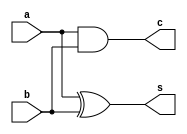
module halfadder(a,b,s,c);
input a,b;
output s,c;
xor sum1(s,a,b);
and carry(c,a,b);
endmodule